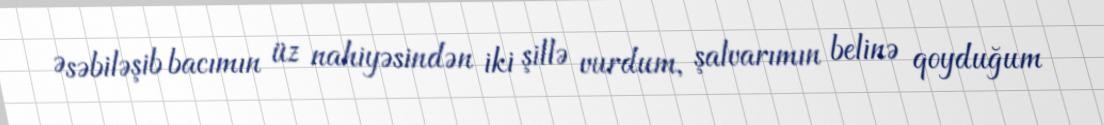
Əsəbiləşib bacımın üz nahiyəsindən iki şillə vurdum, şalvarımın belinə qoyduğum